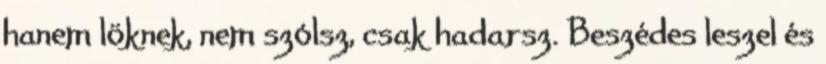
hanem löknek, nem szólsz, csak hadarsz. Beszédes leszel és